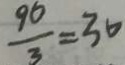
\frac { 9 0 } { 3 } = 3 0